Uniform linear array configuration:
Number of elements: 32
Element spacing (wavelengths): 0.25
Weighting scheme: uniform
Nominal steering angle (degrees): -30
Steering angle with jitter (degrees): -28.601
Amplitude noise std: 0.05
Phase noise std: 0.05

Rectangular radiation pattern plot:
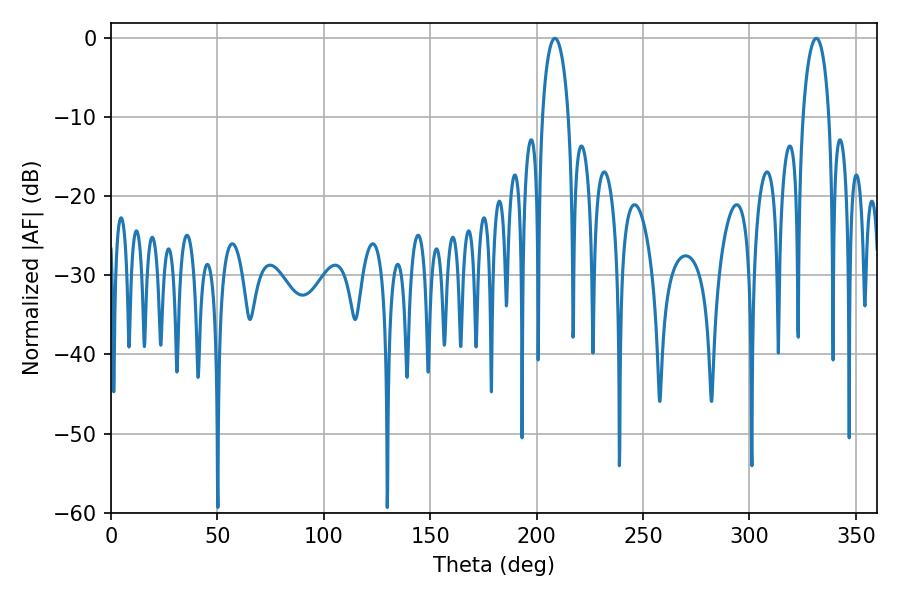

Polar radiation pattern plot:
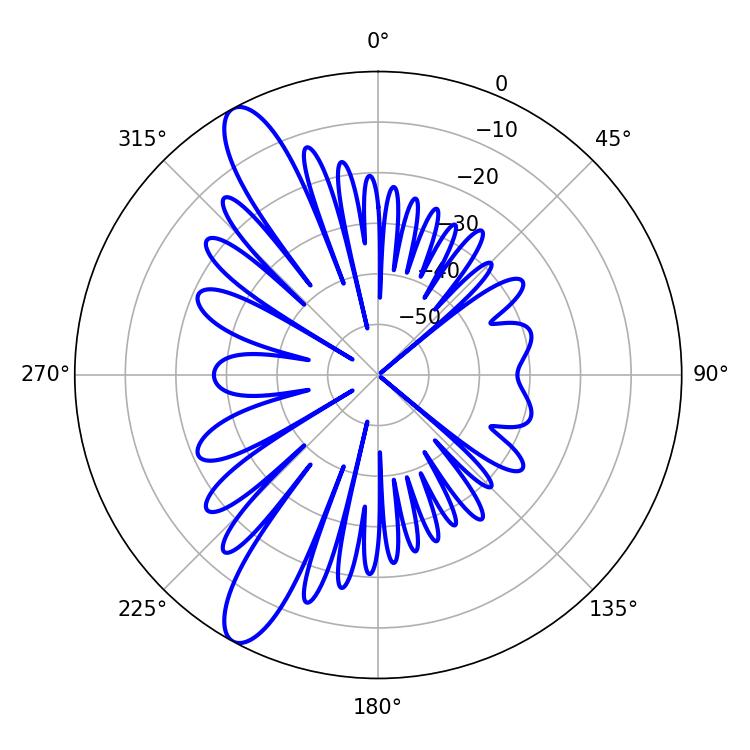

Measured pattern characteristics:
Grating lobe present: FALSE
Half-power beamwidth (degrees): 7.02
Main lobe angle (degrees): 208.62